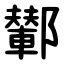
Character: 鄻